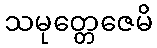
သမုတ္တေဇေမိ